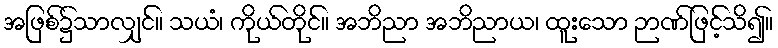
အဖြစ်၌သာလျှင်။ သယံ၊ ကိုယ်တိုင်။ အဘိညာ အဘိညာယ၊ ထူးသော ဉာဏ်ဖြင့်သိ၍။